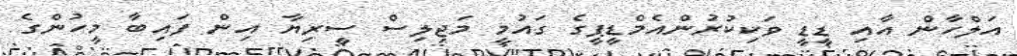
އަލްހާން އާއި ޑީޑީ ވަކިކުރުންއެމްޑީޕީގެ ގައުމީ މަޖިލިސް ސީރިޔާ އިން ފައިބާ މީހުންގެ